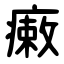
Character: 瘷